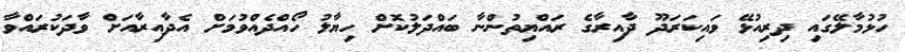
ހުޅުމާލޭގައި ދިރިއުޅޭ ވައިކަރަދޫ ދާއިރާގެ ރައްޔިތުންނާ ބައްދަލުކޮށް ހިޔާލު ހޯއްދެއްވުމަށް އެދާއިރާއަށް ވާދަކުރައްވާ